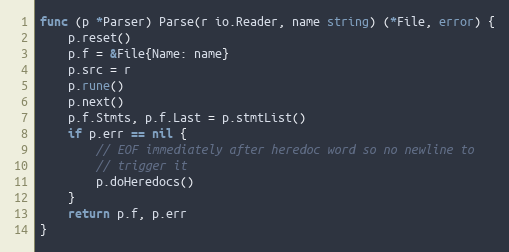
Language: Go
func (p *Parser) Parse(r io.Reader, name string) (*File, error) {
	p.reset()
	p.f = &File{Name: name}
	p.src = r
	p.rune()
	p.next()
	p.f.Stmts, p.f.Last = p.stmtList()
	if p.err == nil {
		// EOF immediately after heredoc word so no newline to
		// trigger it
		p.doHeredocs()
	}
	return p.f, p.err
}